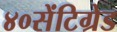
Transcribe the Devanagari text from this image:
४०सेंटिग्रेड